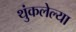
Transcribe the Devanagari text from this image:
थुंकलेल्या